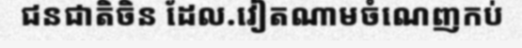
ជនជាតិចិន ដែល.វៀតណាមចំណេញកប់